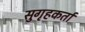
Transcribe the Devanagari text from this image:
सुगृहकर्ता